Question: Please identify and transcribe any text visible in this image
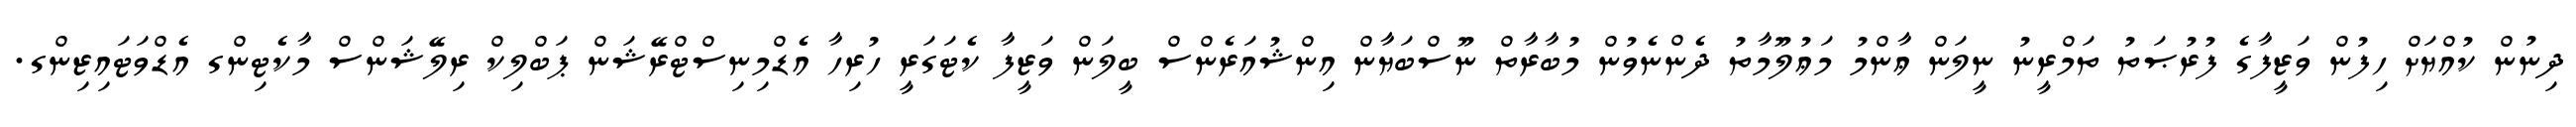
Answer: ދިނުން ކުއްޔަށް ހިފުން ވަޒީފާގެ ފުރުޞަތު ތަމްރީނު ނީލަން ޢާންމު މަޢުލޫމާތު ދެންނެވުން މުބާރާތް ނޫސްބަޔާން އިންޝުއަރެންސް ބީލަން ވަޒީފާ ކެޓަގަރީ ހުރިހާ އެޑްމިނިސްޓްރޭޝަން ޕަބްލިކް ރިލޭޝަންސް މާކެޓިންގ އެޑްވަޓައިޒިންގ.